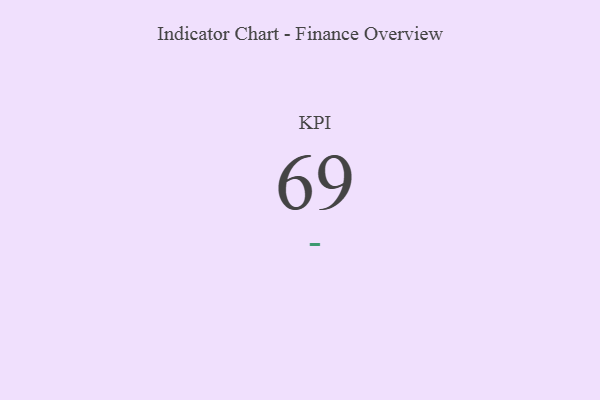
{"axis": {"x": "KPI", "y": "Value"}, "legend": [""], "data": [{"x": "KPI", "y": 69, "type": ""}]}